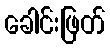
ခေါင်းဖြတ်